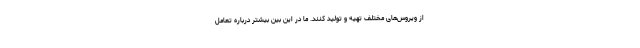
از ویروس‌های مختلف تهیه و تولید کنند. ما در این بین بیشتر درباره تعامل